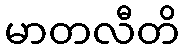
မာတလီတိ